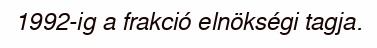
1992-ig a frakció elnökségi tagja.